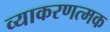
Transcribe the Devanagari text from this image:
व्याकरणत्मक